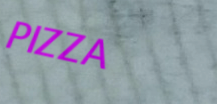
PIZZA